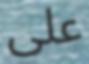
علی